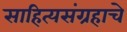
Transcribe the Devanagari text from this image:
साहित्यसंग्रहाचे